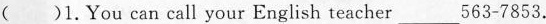
( )1.You can call your English teacher ___ $$5 6 3 - 7 8 5 3$$ .